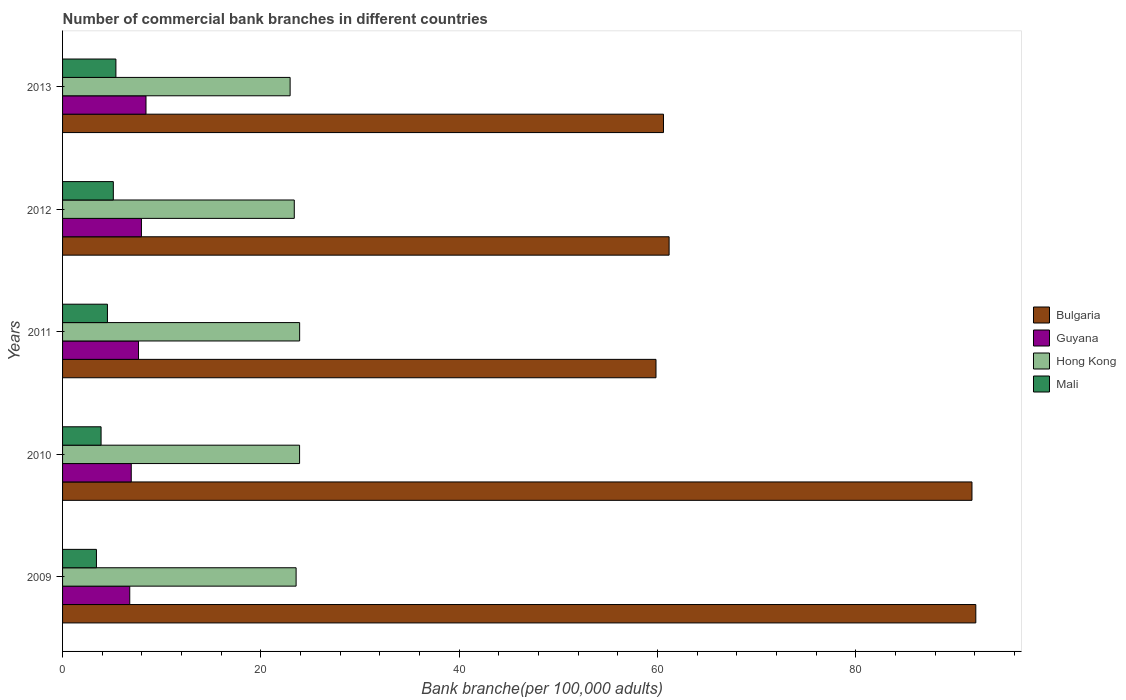
| Years | Bulgaria | Guyana | Hong Kong | Mali |
 | --- | --- | --- | --- | --- |
 | 2009 | 92.1 | 6.77 | 23.6 | 3.42 |
 | 2010 | 91.7 | 6.93 | 23.9 | 3.88 |
 | 2011 | 59.8 | 7.66 | 23.9 | 4.52 |
 | 2012 | 61.2 | 7.95 | 23.4 | 5.12 |
 | 2013 | 60.6 | 8.41 | 22.9 | 5.38 |